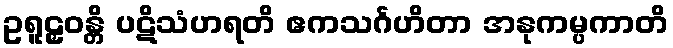
ဥရူဠှဝန္တိ ပဋိသံဟရတိ ဧကသင်္ဂဟိတာ အနုကမ္ပကာတိ